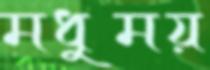
মধুময়